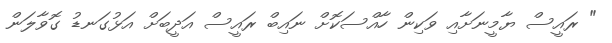
" ރައީސް ޔާމީނަށާއި ވަކިން ހާއްސަކޮށް ނައިބް ރައީސް އަދީބަށް އަޅުގަނޑު ގޮވާލަން